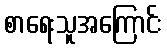
စာရေးသူအကြောင်း